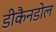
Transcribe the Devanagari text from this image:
डीकैनडोल